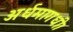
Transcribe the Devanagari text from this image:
अर्धमागधी।